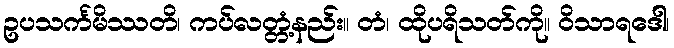
ဥပသင်္ကမိဿတိ၊ ကပ်လတ္တံ့နည်း။ တံ၊ ထိုပရိသတ်ကို။ ဝိသာရဒေါ၊